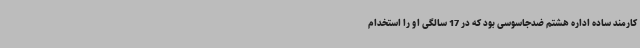
کارمند ساده اداره هشتم ضدجاسوسی بود که در 17 سالگی او را استخدام